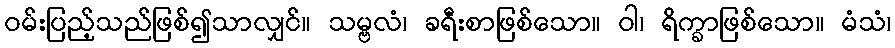
ဝမ်းပြည့်သည်ဖြစ်၍သာလျှင်။ သမ္ဗလံ၊ ခရီးစာဖြစ်သော။ ဝါ၊ ရိက္ခာဖြစ်သော။ မံသံ၊